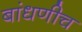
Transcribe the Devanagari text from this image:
बांधणीच